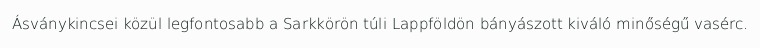
Ásványkincsei közül legfontosabb a Sarkkörön túli Lappföldön bányászott kiváló minőségű vasérc.